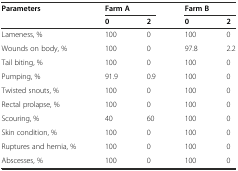
| <ROWSPAN=2> Parameters | <COLSPAN=2> Farm A | <COLSPAN=2> Farm B |
 | 0 | 2 | 0 | 2 |
 | --- | --- | --- | --- | --- |
 | Lameness, % | 100 | 0 | 100 | 0 |
 | Wounds on body, % | 100 | 0 | 97.8 | 2.2 |
 | Tail biting, % | 100 | 0 | 100 | 0 |
 | Pumping, % | 91.9 | 0.9 | 100 | 0 |
 | Twisted snouts, % | 100 | 0 | 100 | 0 |
 | Rectal prolapse, % | 100 | 0 | 100 | 0 |
 | Scouring, % | 40 | 60 | 100 | 0 |
 | Skin condition, % | 100 | 0 | 100 | 0 |
 | Ruptures and hernia, % | 100 | 0 | 100 | 0 |
 | Abscesses, % | 100 | 0 | 100 | 0 |